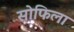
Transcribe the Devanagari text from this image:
सोफिला